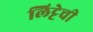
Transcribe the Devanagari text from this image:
लिट्टेची